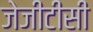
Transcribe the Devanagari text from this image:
जेजीटीसी